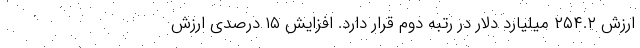
ارزش ۲۵۴.۲ میلیارد دلار در رتبه دوم قرار دارد. افزایش ۱۵ درصدی ارزش